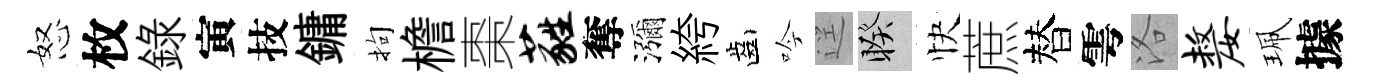
怒枚錄寅技鏞拘檐棗蕤奪瀰絝齒吟逕睽快蔗替雩洛嫠珮據